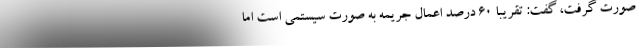
صورت گرفت، گفت: تقریباً 60 درصد اعمال جریمه به صورت سیستمی است اما